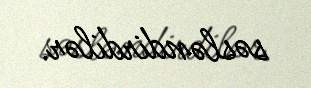
səsləndirdilər.